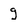
Character: g